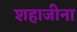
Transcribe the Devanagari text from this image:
शहाजीना